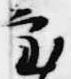
審